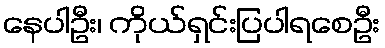
နေပါဦး၊ ကိုယ်ရှင်းပြပါရစေဦး